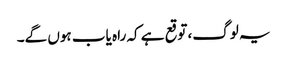
یہ لوگ، توقع ہے کہ راہ یاب ہوں گے۔